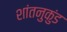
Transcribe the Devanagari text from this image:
शांतनुकुंड